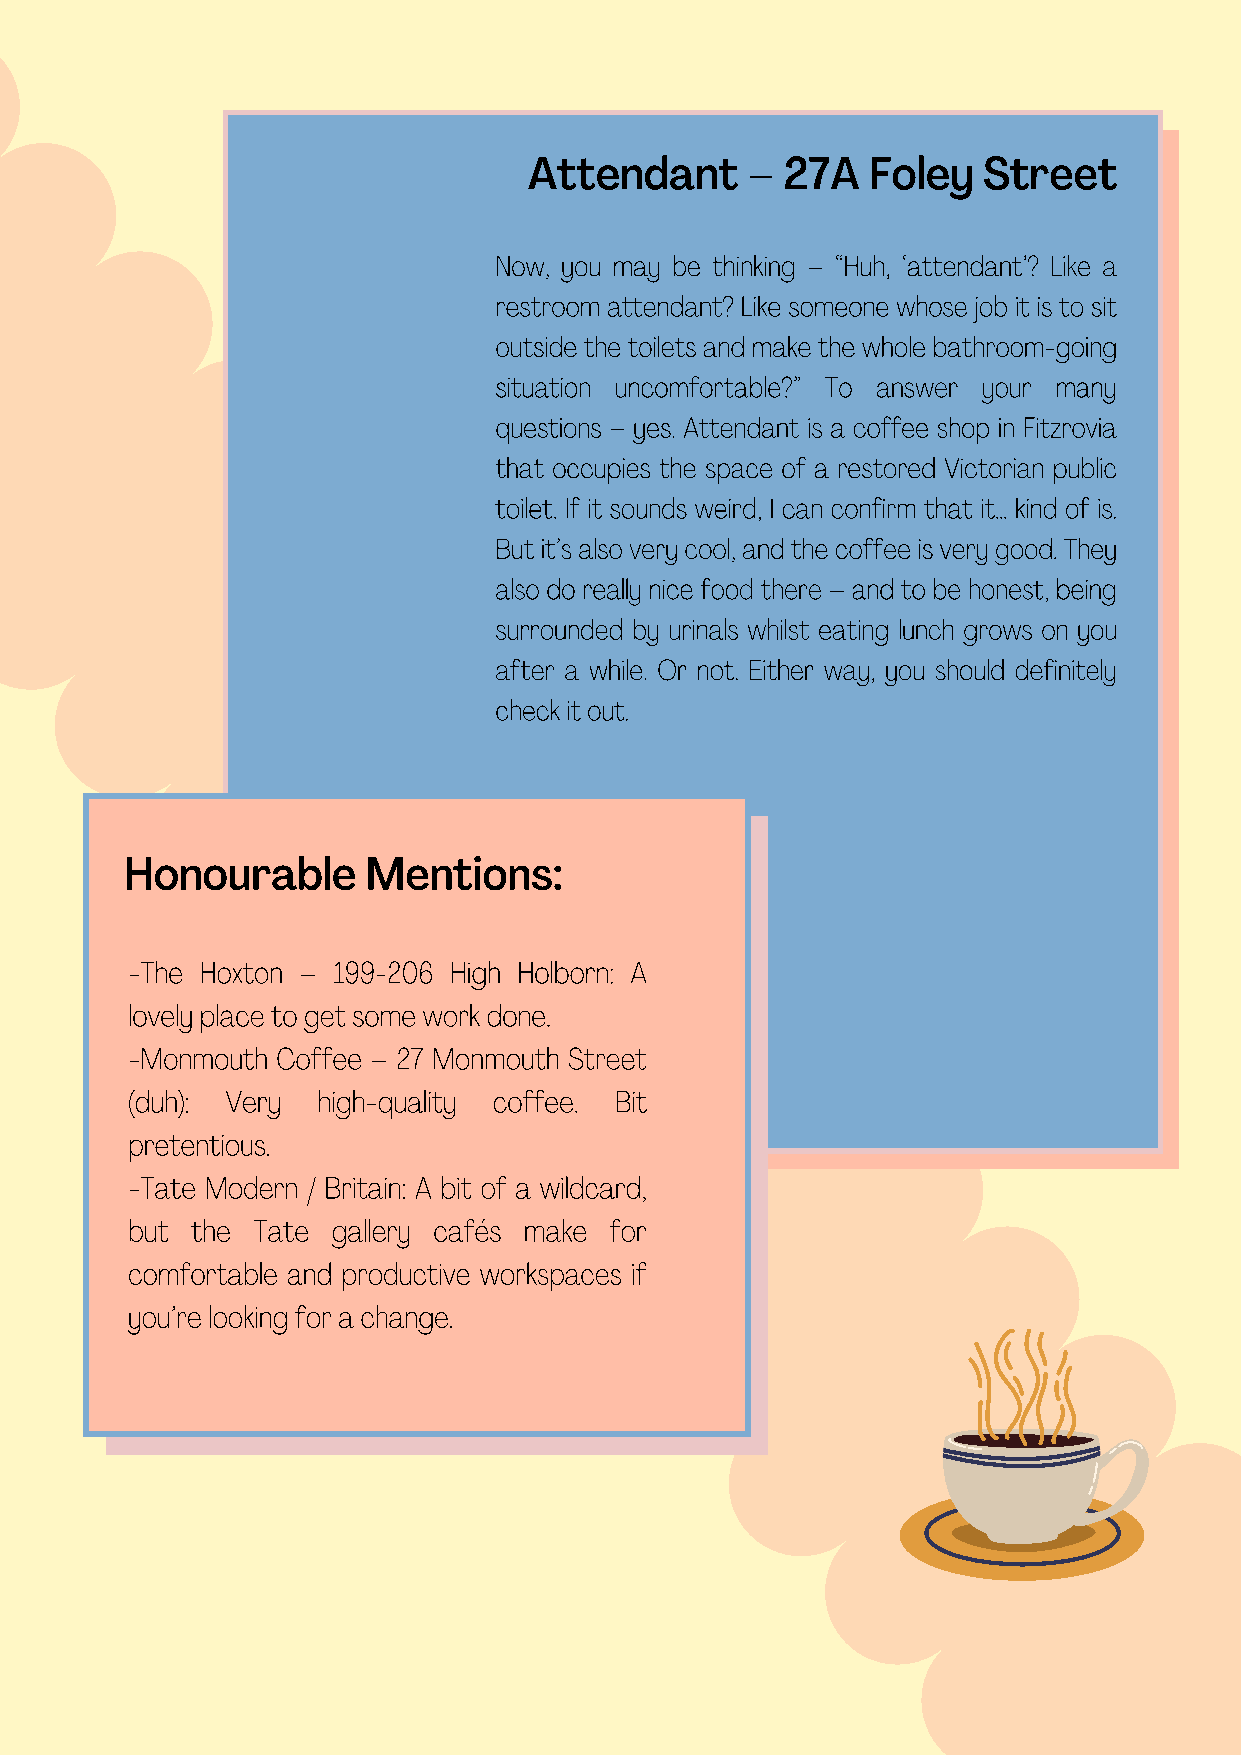
Attendant     –  27A   Foley  Street
 Now, you may be thinking – “Huh, ‘attendant’? Like a
 restroom attendant? Like someone whose job it is to sit
 outside the toilets and make the whole bathroom-going
 situation uncomfortable?” To answer your many
 questions – yes. Attendant is a coffee shop in Fitzrovia
 that occupies the space of a restored Victorian public
 toilet. If it sounds weird, I can confirm that it… kind of is.
 But it’s also very cool, and the coffee is very good. They
 also do really nice food there – and to be honest, being
 surrounded by urinals whilst eating lunch grows on you
 after a while. Or not. Either way, you should definitely
 check it out.
 Honourable      Mentions:
 -The Hoxton – 199-206 High Holborn: A
 lovely place to get some work done.
 -Monmouth Coffee – 27 Monmouth Street
 (duh): Very  high-quality coffee. Bit
 pretentious.
 -Tate Modern / Britain: A bit of a wildcard,
 but  the Tate gallery cafés make for
 comfortable and productive workspaces if
 you’re looking for a change.